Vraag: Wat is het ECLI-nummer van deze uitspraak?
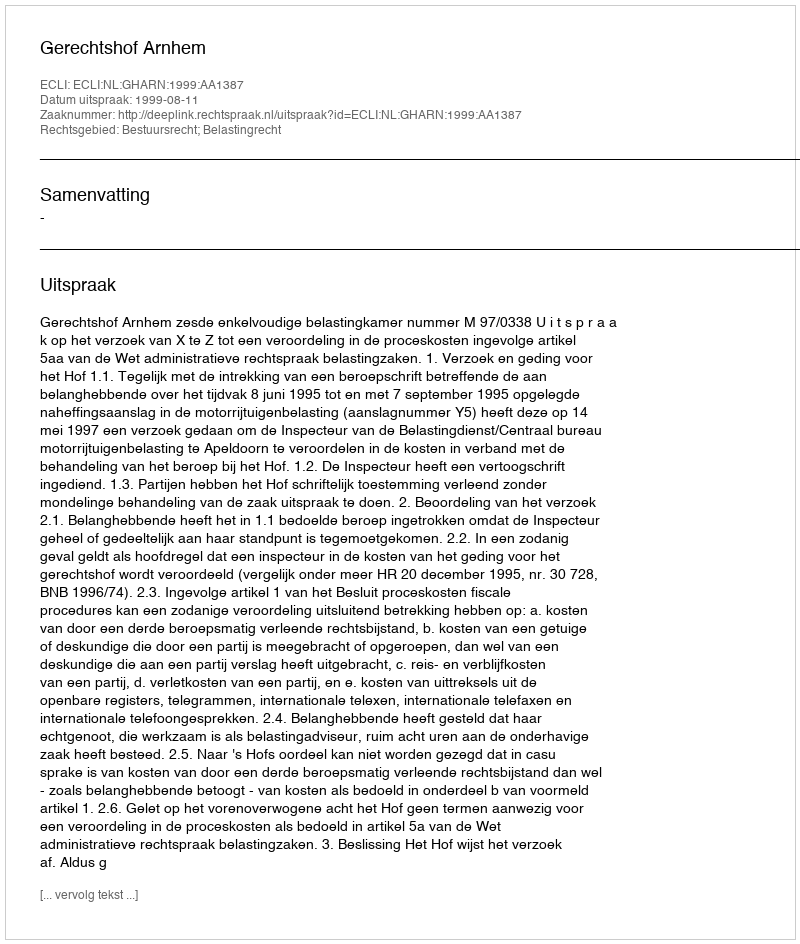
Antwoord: ECLI:NL:GHARN:1999:AA1387